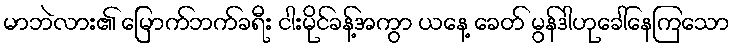
မာဘဲလား၏ မြောက်ဘက်ခရီး ငါးမိုင်ခန့်အကွာ ယနေ့ ခေတ် မွန်ဒါဟုခေါ်နေကြသော